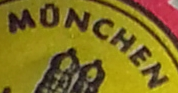
MONCHEN